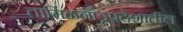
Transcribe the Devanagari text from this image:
तामिळनाडूप्रदेशातील